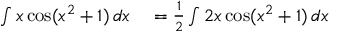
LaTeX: \begin{array} { r l } { \int x \cos ( x ^ { 2 } + 1 ) \, d x } & { { } = { \frac { 1 } { 2 } } \int 2 x \cos ( x ^ { 2 } + 1 ) \, d x } \end{array}